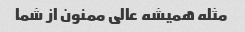
مثله همیشه عالی ممنون از شما